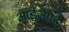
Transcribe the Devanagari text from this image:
आईलैण्‍ड